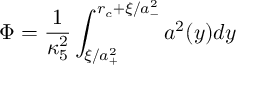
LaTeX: \Phi = \frac { 1 } { \kappa _ { 5 } ^ { 2 } } \int _ { \xi / a _ { + } ^ { 2 } } ^ { r _ { c } + \xi / a _ { - } ^ { 2 } } a ^ { 2 } ( y ) d y